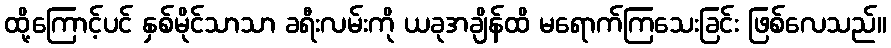
ထို့ကြောင့်ပင် နှစ်မိုင်သာသာ ခရီးလမ်းကို ယခုအချိန်ထိ မရောက်ကြသေးခြင်း ဖြစ်လေသည်။